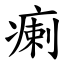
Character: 瘌